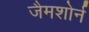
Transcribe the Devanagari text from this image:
जैमशोर्न